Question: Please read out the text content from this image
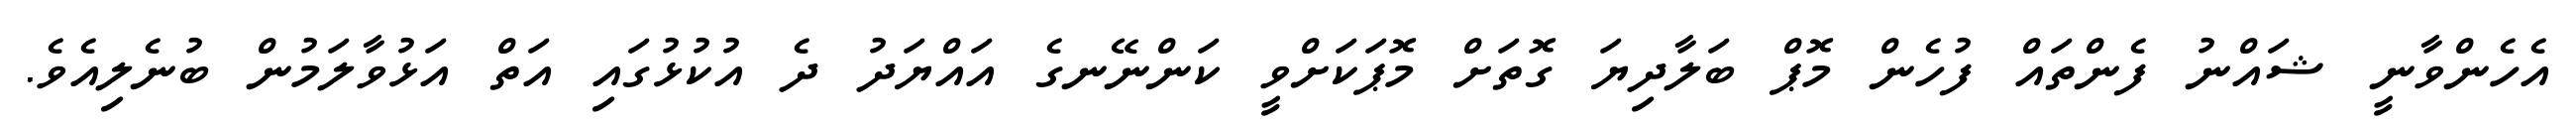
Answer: އެހެންވާނީ ޝައްނު ފެންތައް ފުހެން މޮޕް ބަލާދިޔަ ގޮތަށް މޮޕަކަށްވީ ކަންނޭނގެ އައްޔަދު ދެ އުކުޅުގައި އަތް އަޅުވާލަމުން ބުނެލިއެވެ.